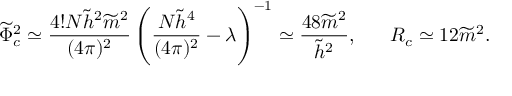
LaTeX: \widetilde { \Phi } _ { c } ^ { 2 } \simeq \frac { 4 ! N \widetilde { h } ^ { 2 } \widetilde { m } ^ { 2 } } { ( 4 \pi ) ^ { 2 } } \left( \frac { N \widetilde { h } ^ { 4 } } { ( 4 \pi ) ^ { 2 } } - \lambda \right) ^ { - 1 } \simeq \frac { 4 8 \widetilde { m } ^ { 2 } } { \widetilde { h } ^ { 2 } } , \ \ \ \ \ R _ { c } \simeq 1 2 \widetilde { m } ^ { 2 } .